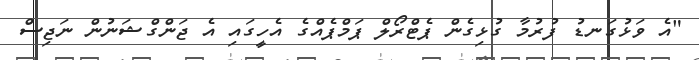
"އެ ވަޅުގަނޑު ފުރުމާ ގުޅިގެން ޕެޓްރޯލް ޕަމްޕެއްގެ އެހީގައި އެ ޖަންގްޝަނުން ނަޖިސް